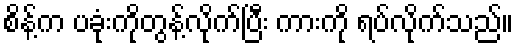
စိန့်က ပခုံးကိုတွန့်လိုက်ပြီး ကားကို ရပ်လိုက်သည်။